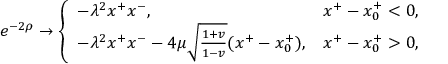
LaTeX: e ^ { - 2 \rho } \rightarrow \left\{ \begin{array} { l l } { { - \lambda ^ { 2 } x ^ { + } x ^ { - } , } } & { { x ^ { + } - x _ { 0 } ^ { + } < 0 , } } \\ { { - \lambda ^ { 2 } x ^ { + } x ^ { - } - 4 \mu \sqrt { \frac { 1 + v } { 1 - v } } ( x ^ { + } - x _ { 0 } ^ { + } ) , } } & { { x ^ { + } - x _ { 0 } ^ { + } > 0 , } } \end{array} \right.